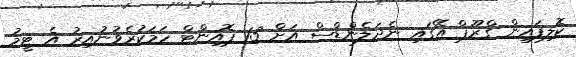
ކޮލިފައިން ގްރޫޕް އޭގައި ނެދަލެންޑްސް އަށް 13 ޕޮއިންޓް ހަމަަކުރެވުނުއިރު އެ ޓީމު